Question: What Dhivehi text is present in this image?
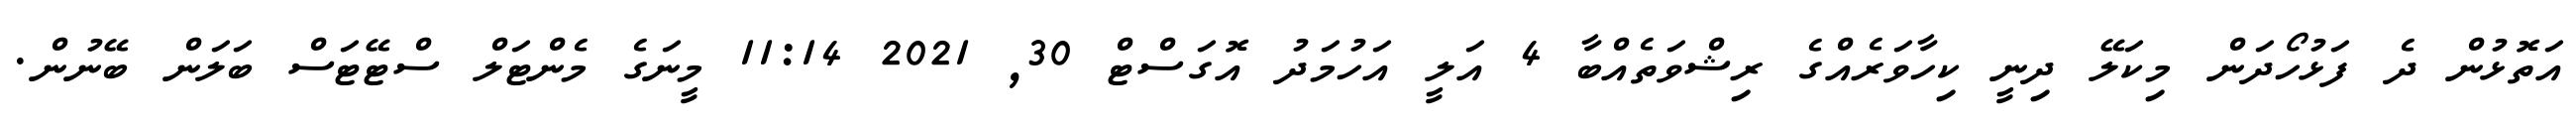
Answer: އަތޮޅުން ދެ ފަޅުހޯދަން މިކަލޭ ދިނީ ކިހާވަރެއްގެ ރިޝްވަތެއްބާ 4 އަލީ އަހުމަދު އޮގަސްޓް 30, 2021 11:14 މީނަގެ މެންޓަލް ސްޓޭޓަސް ބަލަން ބޭނުން.